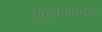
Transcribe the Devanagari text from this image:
विजयप्रशस्ति